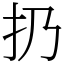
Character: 扔